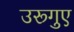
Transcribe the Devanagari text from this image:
उरूगुए